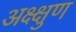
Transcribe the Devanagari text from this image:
अक्ष्क्षुण